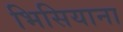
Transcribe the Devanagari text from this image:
भिसियाना